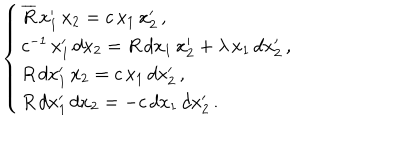
\; \; \left\{ \begin{array} { l } { { \overline { { { R } } } \, x _ { 1 } ^ { \prime } \, x _ { 2 } = c \, x _ { 1 } \, x _ { 2 } ^ { \prime } \, , } } \\ { { c ^ { - 1 } \, x _ { 1 } ^ { \prime } \, d x _ { 2 } = R \, d x _ { 1 } \, x _ { 2 } ^ { \prime } + \lambda \, x _ { 1 } \, d x _ { 2 } ^ { \prime } \, , } } \\ { { R \, d x _ { 1 } ^ { \prime } \, x _ { 2 } = c \, x _ { 1 } \, d x _ { 2 } ^ { \prime } \, , } } \\ { { R \, d x _ { 1 } ^ { \prime } \, d x _ { 2 } = - c \, d x _ { 1 } \, d x _ { 2 } ^ { \prime } \, . } } \\ \end{array} \right.